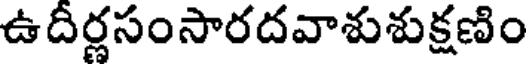
ఉదిర్లసంసారదవాశుశుక్షణిం